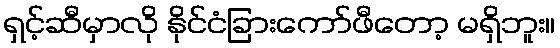
ရှင့်ဆီမှာလို နိုင်ငံခြားကော်ဖီတော့ မရှိဘူး။